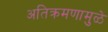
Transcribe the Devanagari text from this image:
अतिक्रमणामु़ळे